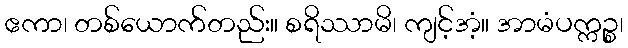
ဧကာ၊ တစ်ယောက်တည်း။ စရိဿာမိ၊ ကျင့်အံ့။ အာမံပက္ကဉ္စ၊